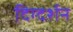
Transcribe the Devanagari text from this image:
दिग्‍दर्शन